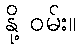
နို့ ဝမ်း။